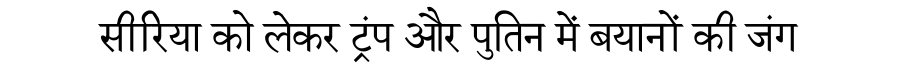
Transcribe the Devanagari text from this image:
सीरिया को लेकर ट्रंप और पुतिन में बयानों की जंग